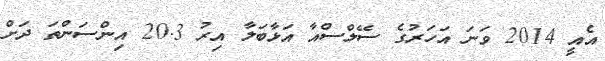
އެއީ 2014 ވަނަ އަހަރުގެ ސޭލްސްއާ އަޅާބަލާ އިރު 20.3 އިންސަންތަ ދަށް